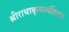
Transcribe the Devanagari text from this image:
श्रीराधाकृष्णमंदिरात